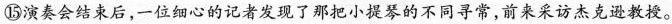
⑤演奏会结束后，一位细心的记者发现了把小提琴的不同寻常，前来采访杰克逊教授。